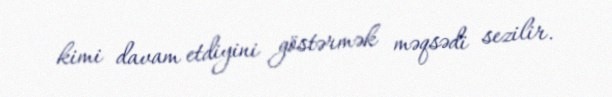
kimi davam etdiyini göstərmək məqsədi sezilir.